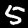
Digit: 5